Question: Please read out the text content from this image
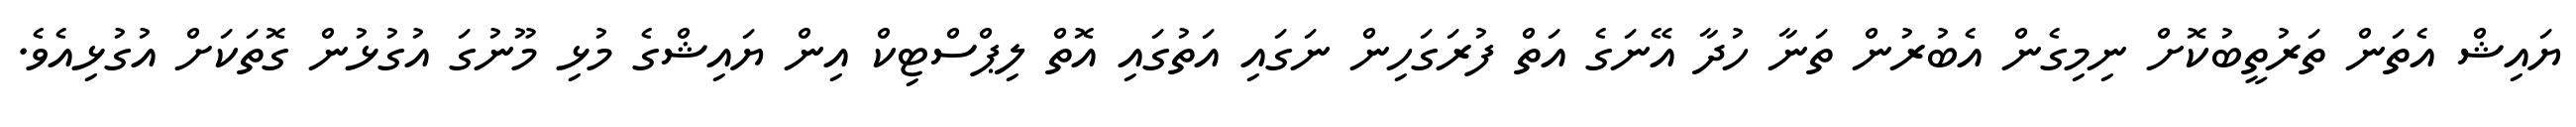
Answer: ޔައިޝް އެތަން ތަރުތީބުކޮށް ނިމިގެން އެބުރުން ތަނާ ހުދާ އޭނަގެ އަތް ފުރަގަހިން ނަގައި އަތުގައި އޮތް ލިޕްސްޓިކް އިން ޔައިޝްގެ މުޅި މޫނުގަ އުގުޅުން ގޮތަކަށް އުގުޅިއެވެ.